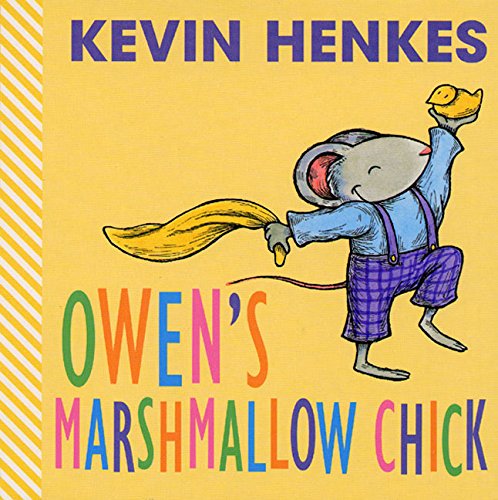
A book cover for Owen's Marshmallow Chick; Kevin Henkes; Children's Books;